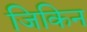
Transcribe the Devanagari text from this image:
जिकिन